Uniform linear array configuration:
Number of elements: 64
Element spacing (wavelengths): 0.75
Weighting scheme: binomial
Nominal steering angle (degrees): -60
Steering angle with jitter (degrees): -58.105
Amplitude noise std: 0.05
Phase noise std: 0.05

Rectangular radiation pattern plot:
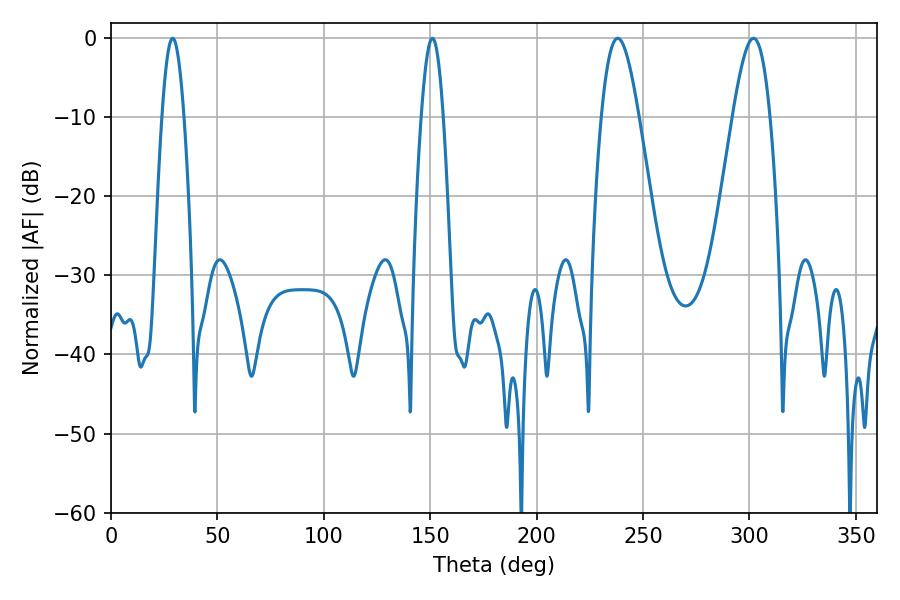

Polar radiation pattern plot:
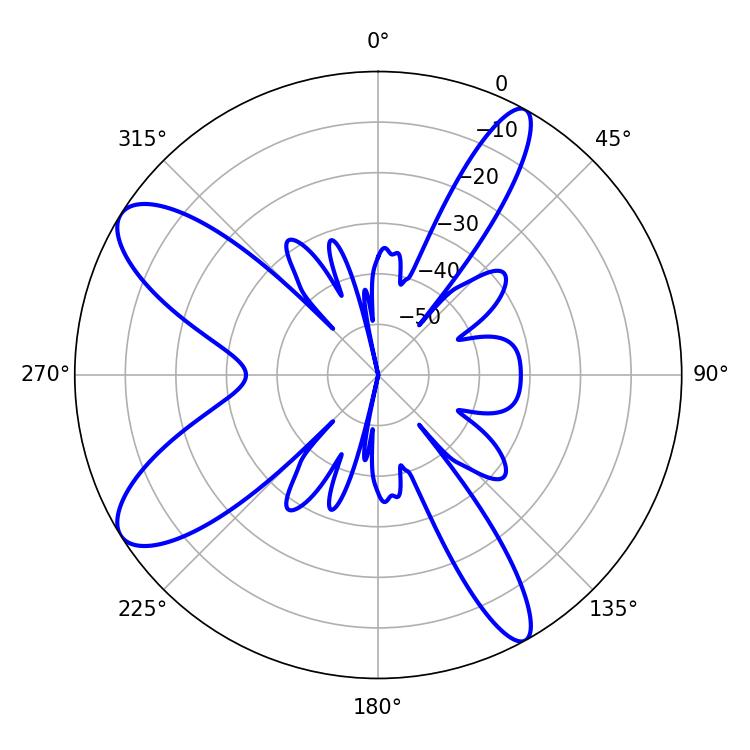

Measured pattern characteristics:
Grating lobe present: TRUE
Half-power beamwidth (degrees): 5.58
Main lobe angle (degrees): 28.98